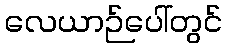
လေယာဉ်ပေါ်တွင်